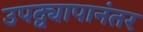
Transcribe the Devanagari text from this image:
उपद्व्यापानंतर